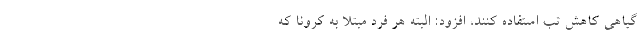
گیاهی کاهش تب استفاده کنند، افزود: البته هر فرد مبتلا به کرونا که